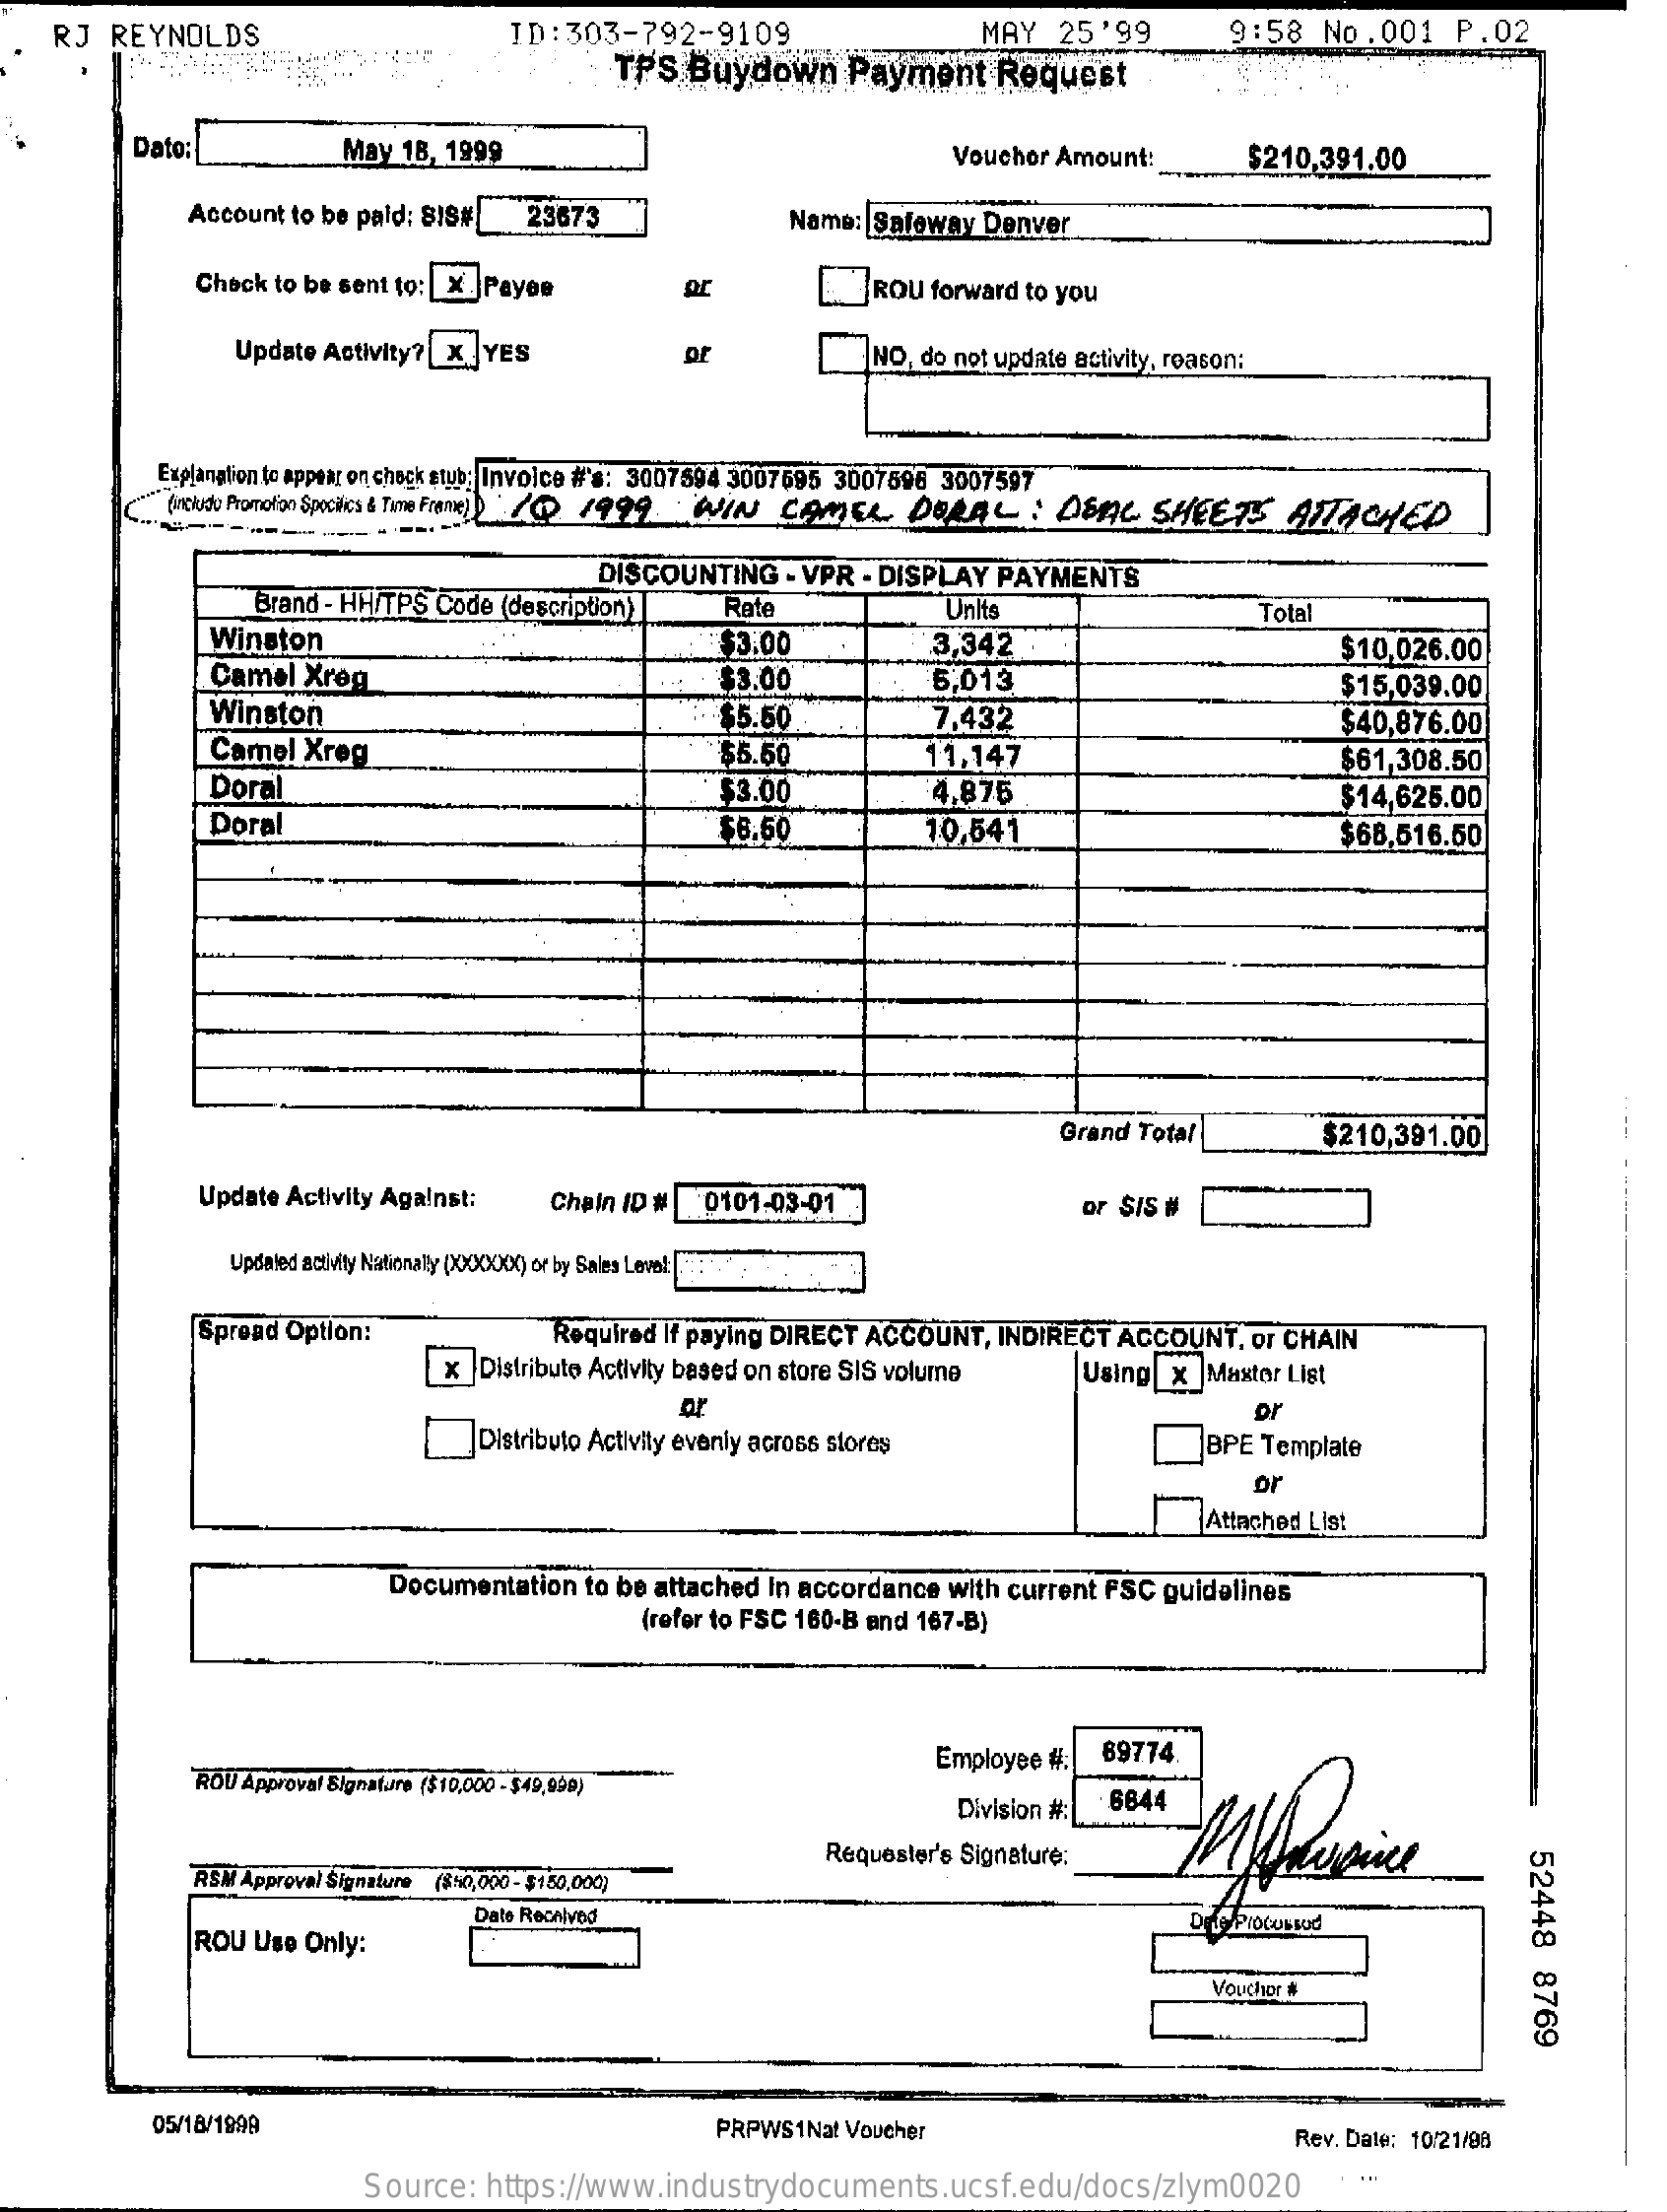
RJ REYNOLDS    ID:303-792-9109.    MAY 25'99    9:58 No.001  P.02
     TPS Buydown  Payment  Request
     Dato:    May 18, 1999    Voucher Amount:   $210,391,00
     Account to be paid; SIS# 23673    Name: Safeway Denver
     Check to be sent to:| X |Payee    ROU forward to you
     Update Activity? X YES    NO, do not update activity, reason:
     Explanation to appear on check stub: Invoice #'s: 3007594 3007695 3007596 3007597
     (include Promotion Spocilics & Time Frame) / 1999 WIN CAMEL DERAL . OSAC SHEETS ATTACHED
     Brand - HHITPS Code (description)
     DISCOUNTING - VPR - DISPLAY PAYMENTS
     Rate    Units    Total
     Winston
     Camel Xreg
     $3.00    3,342    $10,026.00
     $3.00    6,013    $15,039.00
     Winston    $5.50    7.432    $40,876.00
     Camel Xreg    $5.50    11,147
     Doral
     $61,308.50
     $3.00    4,875
     Doral
     $14,625.00
     $6.50    10,541    $68,516.50
     Grand Total    $210,391.00
     Update Activity Against: Chain ID # 0101-03-01    or SIS #
     Updated activity Nationaly (XXXXXX) or by Sales Level:
     Spread Option:    Required If paying DIRECT ACCOUNT, INDIRECT ACCOUNT, or CHAIN
     x Distribute Activity based on store SIS volume Using x Maxtor List
     _Distributo Activity evenly across stores
     or    Dr
     BPE Template
     or
     Attached List
     Documentation to be attached In accordance with current FSC guidelines
     (refer to FSC 160-B and 167-B)
     89774
     ROU Approval Signature ($10,000 - $49,999)
     Employee #:
     Division #: 6644
     52448
     8769
     RSM Approval Signature
     Requester's Signature:
     ($50,000 - $150,000)
     ROU Use Only:
     Date Recalved
     Vouchor #
     05/18/1999    PRPWS1Nat Voucher    Rev. Date: 10/21/98
     Source: https://www.industrydocuments.ucsf.edu/docs/zlym0020